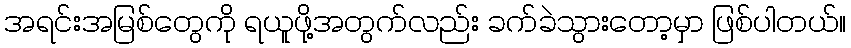
အရင်းအမြစ်တွေကို ရယူဖို့အတွက်လည်း ခက်ခဲသွားတော့မှာ ဖြစ်ပါတယ်။